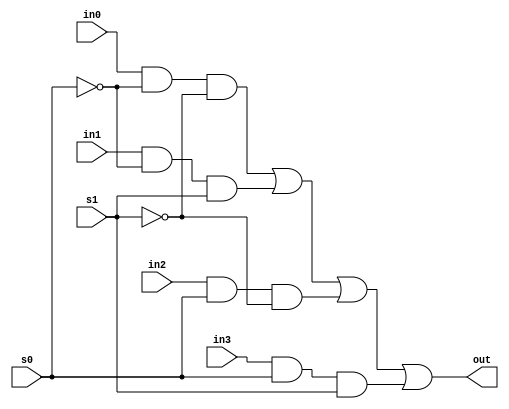

module FullAdder(
  input in0, in1, in2, in3, s0, s1,
  output out
);

wire a0, a1, a2, a3, inv0, inv3;

not(inv0, s0);
not(inv1, s1);

and(a0, in0, inv0, inv1);
and(a1, in1, inv0, s1);
and(a2, in2, s0, inv1);
and(a3, in3, s0, s1);

or(out, a0, a1, a2, a3);

endmodule